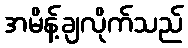
အမိန့်ချလိုက်သည်